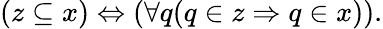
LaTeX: (z\subseteq x)\Leftrightarrow(\forall q(q\in z\Rightarrow q\in x)).